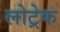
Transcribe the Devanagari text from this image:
लोट्रेक